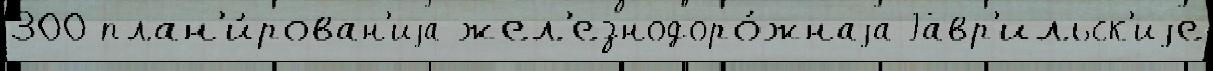
300 план'и́рован'иjа жел'езнодоро́жнаjа Гавр'ильск'иjе